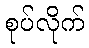
စုပ်လိုက်